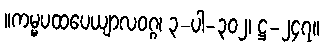
။ကမ္မပထပေယျာလဝဂ္ဂ၊ ၃-ပါ-၃၀၂၊ ဋ္ဌ-၂၄၇။